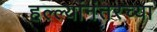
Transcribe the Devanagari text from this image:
हल्ल्यांनंतरच्या